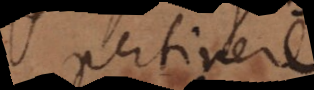
pertinere.